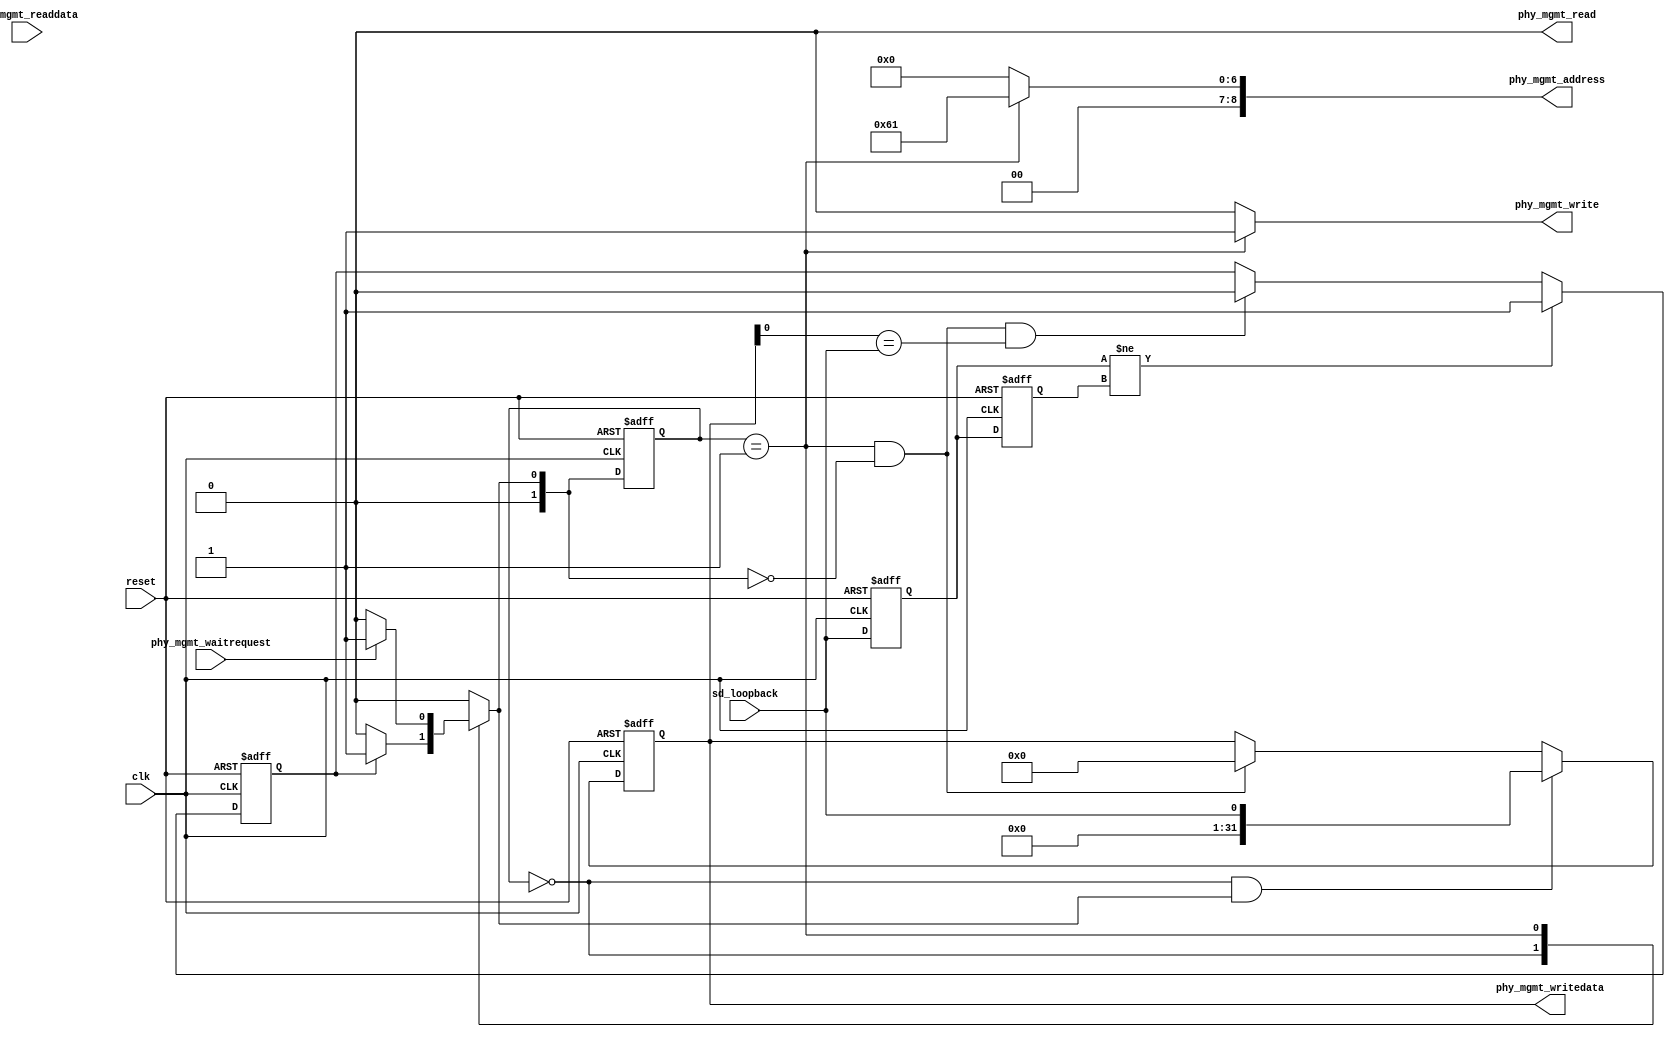
// 
// ALTERA Confidential and Proprietary
// Copyright 2007 (c) Altera Corporation
// All rights reserved
//
// -------------------------------------------------------------------------
// -------------------------------------------------------------------------

//Legal Notice: (C)2007 Altera Corporation. All rights reserved.  Your
//use of Altera Corporation's design tools, logic functions and other
//software and tools, and its AMPP partner logic functions, and any
//output files any of the foregoing (including device programming or
//simulation files), and any associated documentation or information are
//expressly subject to the terms and conditions of the Altera Program
//License Subscription Agreement or other applicable license agreement,
//including, without limitation, that your use is for the sole purpose
//of programming logic devices manufactured by Altera and sold by Altera
//or its authorized distributors.  Please refer to the applicable
//agreement for further details.

`timescale 1ps/1ps
module altera_tse_fake_master(
   // Clock and reset
   input clk,
   input reset,

   // Avalon MM master interface
   output [8:0] phy_mgmt_address,
   output phy_mgmt_read,
   input [31:0] phy_mgmt_readdata,
   output phy_mgmt_write,
   output reg [31:0] phy_mgmt_writedata,
   input phy_mgmt_waitrequest,

   // Serial data loopback control
   input sd_loopback
);

//////////////////////////////////internal registers and paramaters//////////////////////////////////
reg [1:0] state;
reg [1:0] next_state;
reg sd_loopback_r1, sd_loopback_r2;
reg bit_event;

localparam IDLE = 2'b0 ;
localparam WRITE_DATA = 2'b1;

////////////////////to detect the toggled data from sd_loopback //////////
always @ (posedge clk or posedge reset)
begin
   if (reset)
   begin
      sd_loopback_r1 <= 1'b0;
      sd_loopback_r2 <= 1'b0;
   end
   else
   begin
	   sd_loopback_r2 <= sd_loopback_r1;
	   sd_loopback_r1 <= sd_loopback;
   end
end 

// bit_event is the bit to remember there is an event happening at the sd_loopback
// and used to trigger IDLE -> WRITE_DATA state transition
// This bit is only cleared during WRITE_DATA -> IDLE transition and make sure that
// phy_mgmt_writedata[0] value is equal to sd_loopback data
// This is to ensure that our Avalon MM write transaction is always in sync with sd_loopback value
always @ (posedge clk or posedge reset)
begin 
   if (reset)
   begin
      bit_event <= 0;
   end
   else
   begin
      if ( sd_loopback_r1 != sd_loopback_r2)
      begin 
         bit_event <= 1'b1;
      end
      else
      begin
         if (next_state == IDLE && state == WRITE_DATA && phy_mgmt_writedata[0] == sd_loopback)
         begin 
            bit_event <= 1'b0;
         end
      end 
   end
end
   
// State machine
always @ (posedge clk or posedge reset)
begin 
     if (reset)
        state <= IDLE;
     else 
        state <= next_state;
end 

// next_state logic
always @ (*)
begin
	case (state)
	IDLE:
   begin
		if (bit_event)
		   next_state = WRITE_DATA;
		else 
		   next_state = IDLE;
   end
	WRITE_DATA:
   begin
		if (!phy_mgmt_waitrequest)
			next_state = IDLE;
		else
		   next_state = WRITE_DATA;
   end
	default : next_state = IDLE;
	endcase
end

// Connection to PHYIP (Avalon MM master signals)
assign phy_mgmt_write = (state == WRITE_DATA)? 1'b1 : 1'b0;
assign phy_mgmt_read = 1'b0;
assign phy_mgmt_address = (state == WRITE_DATA) ? 9'h61 : 9'h0;

always @(posedge clk or posedge reset)
begin
   if (reset)
   begin
      phy_mgmt_writedata <= 32'b0;
   end
   else
   begin
      if (state == IDLE && next_state == WRITE_DATA)
      begin
         phy_mgmt_writedata <= {31'b0, sd_loopback};
      end
      else if (state == WRITE_DATA && next_state == IDLE)
      begin
         phy_mgmt_writedata <= 32'b0;
      end
   end
end

endmodule